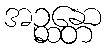
အဉ္ဆန္တော